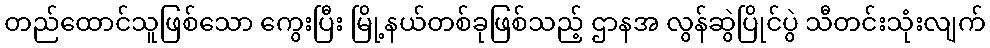
တည်ထောင်သူဖြစ်သော ကွေးပြီး မြို့နယ်တစ်ခုဖြစ်သည့် ဌာနအ လွန်ဆွဲပြိုင်ပွဲ သီတင်းသုံးလျက်